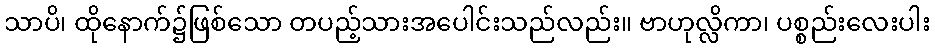
သာပိ၊ ထိုနောက်၌ဖြစ်သော တပည့်သားအပေါင်းသည်လည်း။ ဗာဟုလ္လိကာ၊ ပစ္စည်းလေးပါး